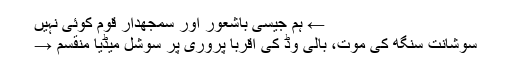
← ہم جیسی باشعور اور سمجھدار قوم کوئی نہیں
سوشانت سنگھ کی موت، بالی وڈ کی اقربا پروری پر سوشل میڈیا منقسم →